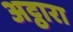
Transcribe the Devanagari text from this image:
अट्ठारा